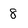
Character: 8